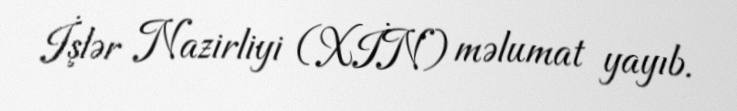
İşlər Nazirliyi (XİN) məlumat yayıb.